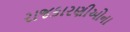
રાજકારણીઓના